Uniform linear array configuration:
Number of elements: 4
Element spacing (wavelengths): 0.25
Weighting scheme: cosine
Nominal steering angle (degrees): -45
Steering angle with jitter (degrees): -46.083
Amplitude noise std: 0.05
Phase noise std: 0.05

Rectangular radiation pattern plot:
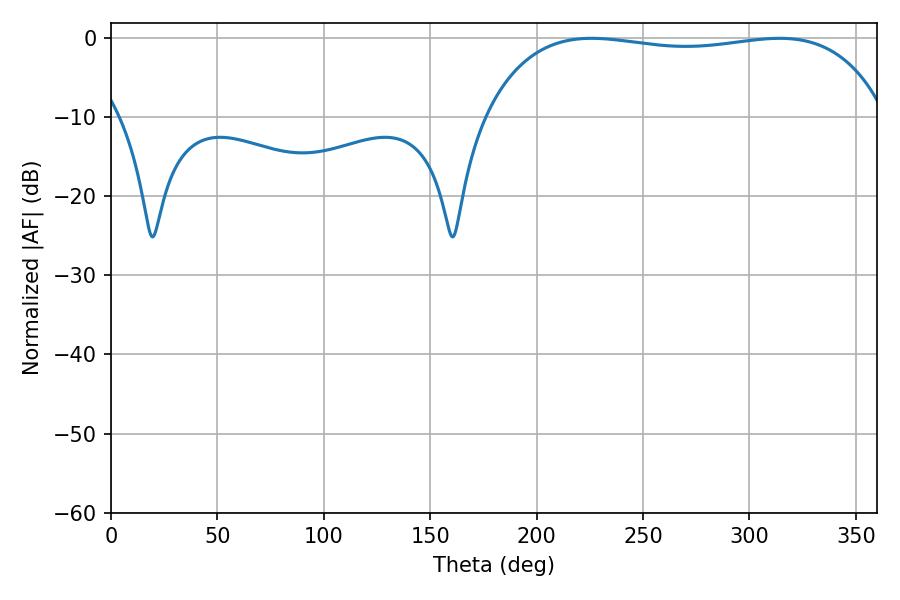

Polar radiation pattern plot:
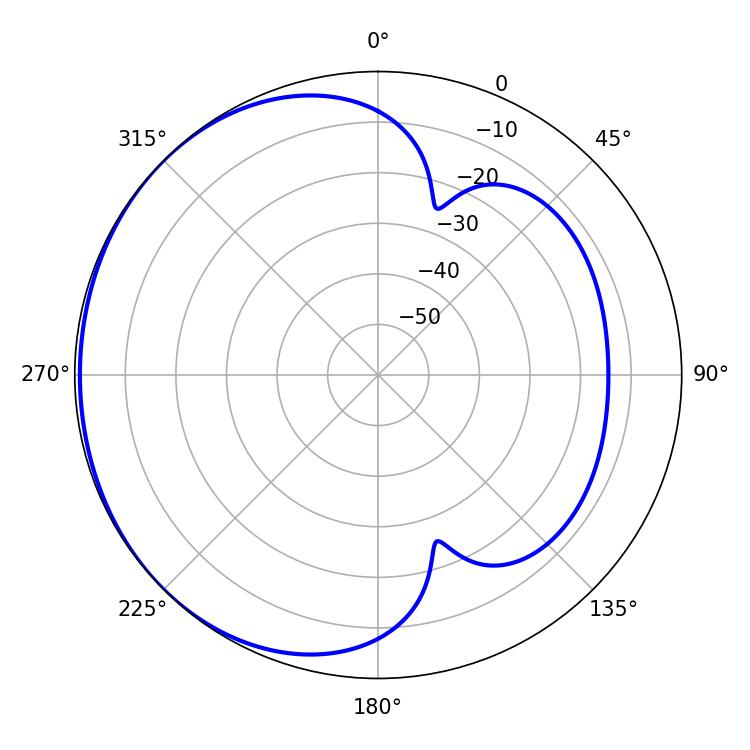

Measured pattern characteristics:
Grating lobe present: FALSE
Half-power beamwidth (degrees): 151.56
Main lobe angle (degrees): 225.9